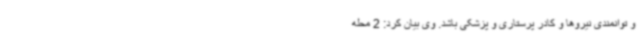
و توانمندی نیروها و کادر پرستاری و پزشکی باشد. وی بیان کرد: 2 محله